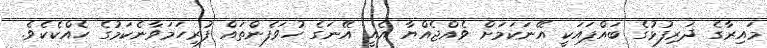
މައިރާގެ ދަރިފުޅުގެ ބައްޕައަކީ އޭނަކަމަށް ވެއްޖެއްޔާ އެއީ އޭނަގެ ހުވަފެންތައް ފުރިހަމަވާނެކަމުގެ ހެއްކެކެވެ.